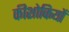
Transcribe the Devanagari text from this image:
कीशोकियों